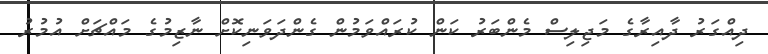
ދިއްގަރު ދާއިރާގެ މަޖިލިސް މެންބަރު ކަން ކުރައްވަމުން ގެންދަވަނިކޮށް ނާޒިމުގެ މައްޗަށް އުމުރު